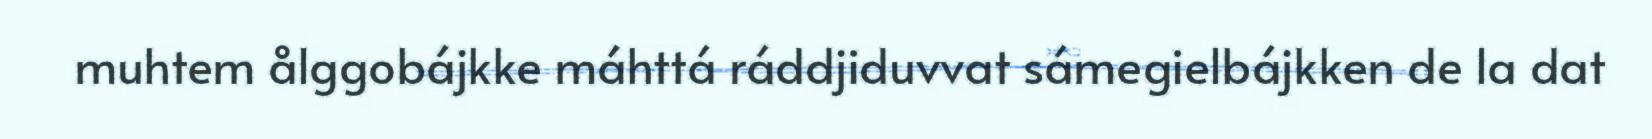
muhtem ålggobájkke máhttá ráddjiduvvat sámegielbájkken de la dat